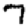
Digit: 7